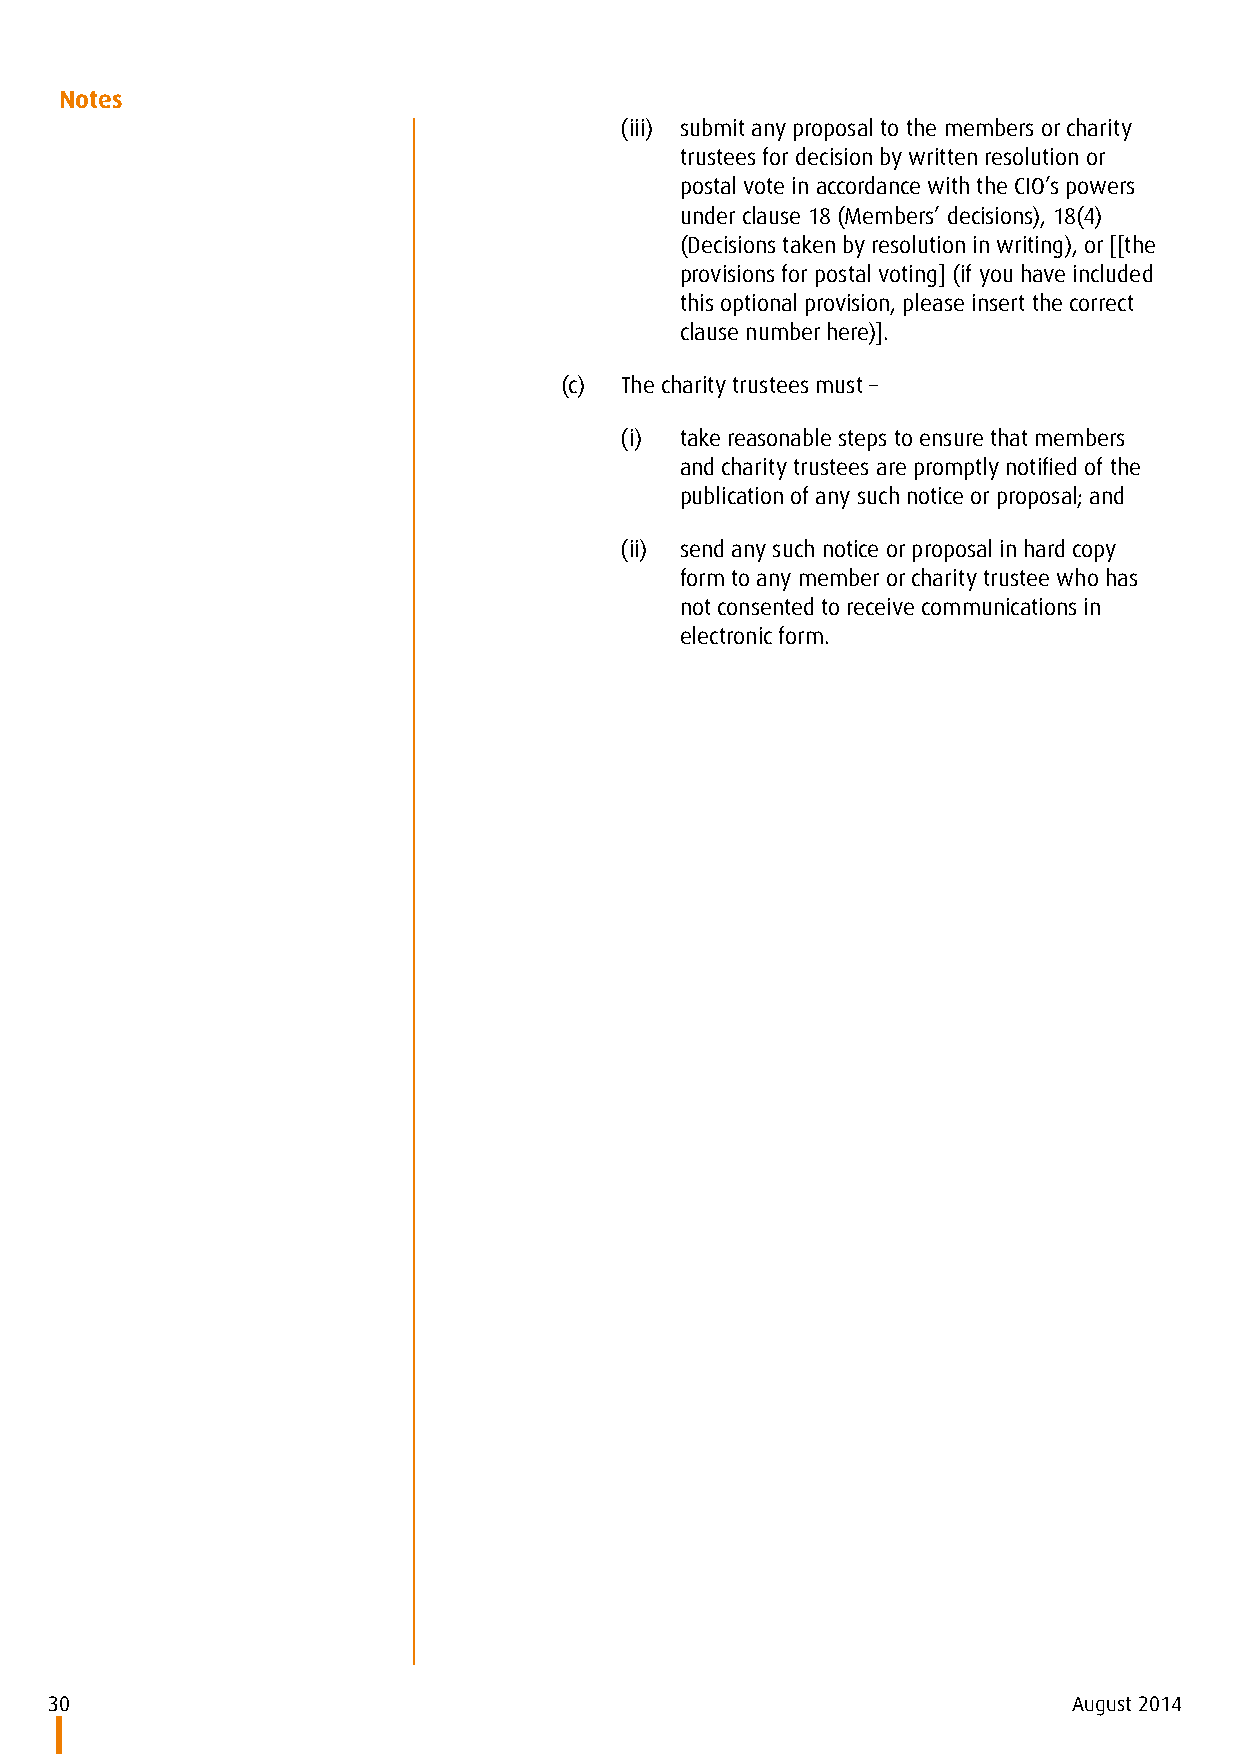
Notes
 (iii) submit any proposal to the members or charity
 trustees for decision by written resolution or
 postal vote in accordance with the CIO’s powers
 under clause 18 (Members’ decisions), 18(4)
 (Decisions taken by resolution in writing), or [[the
 provisions for postal voting] (if you have included
 this optional provision, please insert the correct
 clause number here)].
 (c) The charity trustees must –
 (i) take reasonable steps to ensure that members
 and charity trustees are promptly notified of the
 publication of any such notice or proposal; and
 (ii) send any such notice or proposal in hard copy
 form to any member or charity trustee who has
 not consented to receive communications in
 electronic form.
 30                                                                  August 2014